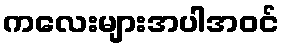
ကလေးများအပါအဝင်